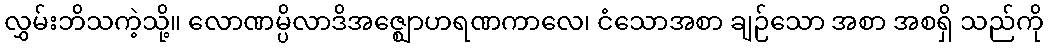
လွှမ်းဘိသကဲ့သို့။ လောဏမ္ပိလာဒိအဇ္ဈောဟရဏကာလေ၊ ငံသောအစာ ချဉ်သော အစာ အစရှိ သည်ကို